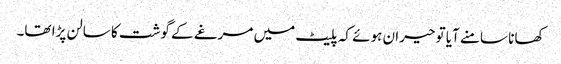
کھانا سامنے آیا تو حیران ہوئے کہ پلیٹ میں مرغے کے گوشت کا سالن پڑا تھا۔